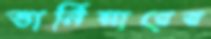
ভার্নিয়ারের